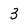
Character: 3